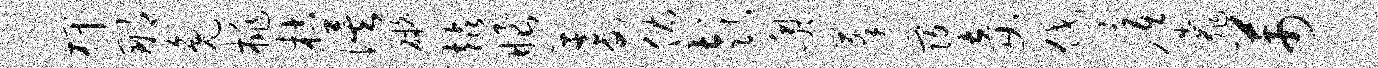
柙那兔桃枯俟碍站眼蓄佑彭奥蓬发妾伐底靠芾